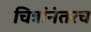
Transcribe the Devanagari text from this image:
चित्रांनंतरच